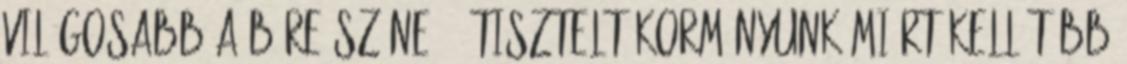
világosabb a bőre színe.” „Tisztelt kormányunk Miért kell több